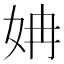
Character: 姌